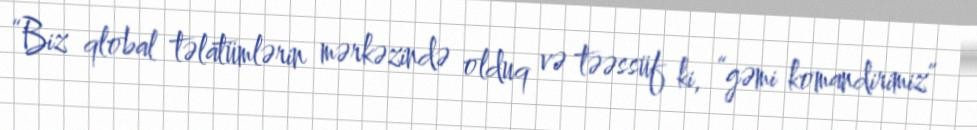
“Biz qlobal təlatümlərin mərkəzində olduq və təəssüf ki, “gəmi komandirimiz”